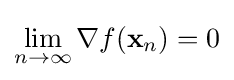
\lim _{n\rightarrow \infty }\nabla f(\mathbf {x} _{n})=0